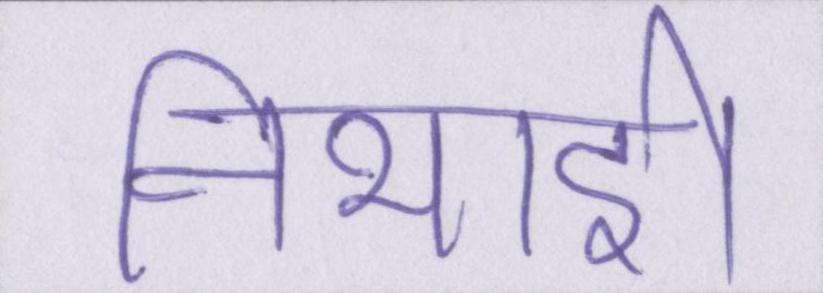
निभाई।